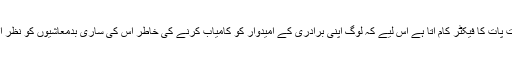
ایسی صورتحال میں ہندوستان کے اندر ذات پات کا فیکٹر کام آتا ہے اس لیے کہ لوگ اپنی برادری کے امیدوار کو کامیاب کرنے کی خاطر اس کی ساری بدمعاشیوں کو نظر انداز کرکےنااہلی کو فراموش کردیتے ہیں۔